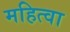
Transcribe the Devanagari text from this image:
महित्वा